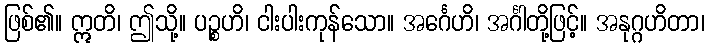
ဖြစ်၏။ ဣတိ၊ ဤသို့။ ပဉ္စဟိ၊ ငါးပါးကုန်သော။ အင်္ဂေဟိ၊ အင်္ဂါတို့ဖြင့်။ အနုဂ္ဂဟိတာ၊